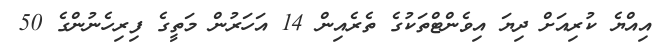
އިއްޔެ ކުރިއަށް ދިޔަ އިވެންޓްތަކުގެ ތެރެއިން 14 އަހަރުން މަތީގެ ފިރިހެނުންގެ 50